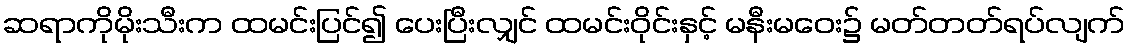
ဆရာကိုမိုးသီးက ထမင်းပြင်၍ ပေးပြီးလျှင် ထမင်းဝိုင်းနှင့် မနီးမဝေး၌ မတ်တတ်ရပ်လျက်